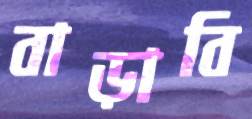
বাড়াবি